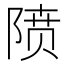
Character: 𱀡